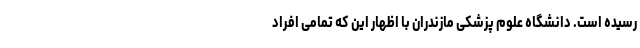
رسیده است. دانشگاه علوم پزشکی مازندران با اظهار این که تمامی افراد